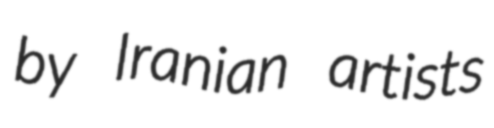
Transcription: by Iranian artists